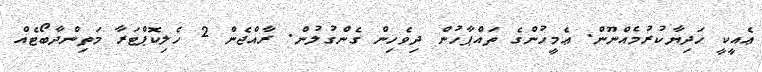
ޢެއީކީ ހަދިޔާކުރުމެއްނޫން. ޢެމީހުންގެ ތައްޕާހުން ދިވެހިން ގެންގުލުން. ރާއްޖެން 2 ހެލިކޮޕްޓަރާ މަތިންދާބޯޓެއް